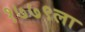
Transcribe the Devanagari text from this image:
१७७९ला